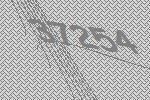
37254